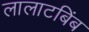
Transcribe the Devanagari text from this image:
लालाटबिंब